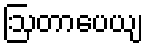
ဩတာပေယျ